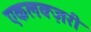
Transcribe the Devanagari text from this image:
एकलक्ज़री